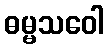
ဓမ္မသဝေါ